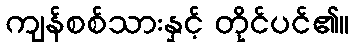
ကျန်စစ်သားနှင့် တိုင်ပင်၏။